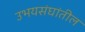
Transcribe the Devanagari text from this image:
उभयसंघांतील